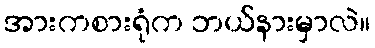
အားကစားရုံက ဘယ်နားမှာလဲ။